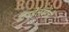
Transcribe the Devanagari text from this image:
हायडेलबर्गची